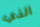
الذي